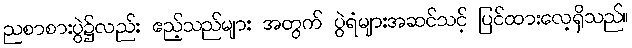
ညစာစားပွဲ၌လည်း ဧည့်သည်များ အတွက် ပွဲရံများအဆင်သင့် ပြင်ထားလေ့ရှိသည်။